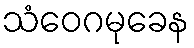
သံဝေဂမုခေန